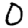
Digit: 0